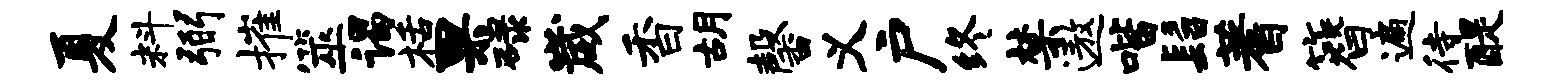
夏料弼摧筮谒栝果碌崴香胡馨义户终禁遨喈髫蓍簪遍待醍